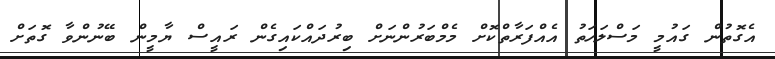
އެގޮތުން ގައުމީ މަސްލަހަތު އެއްފަރާތްކޮށް މެމްބަރުންނަށް ބިރުދައްކައިގެން ރައީސް ޔާމީން ބޭނުންވާ ގޮތަށް